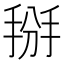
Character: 掰